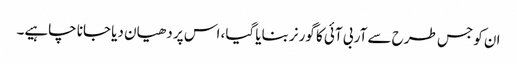
ان کو جس طرح سے آر بی آئی کا گورنر بنایا گیا، اس پر دھیان دیا جانا چاہیے۔